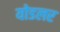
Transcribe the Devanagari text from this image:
योडलर